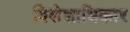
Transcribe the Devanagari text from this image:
विशेशाधिकार